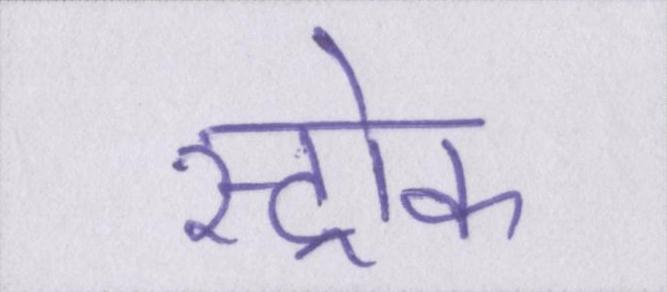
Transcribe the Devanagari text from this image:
स्ट्रोक